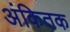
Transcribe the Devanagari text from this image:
अंकितक